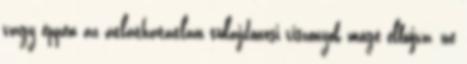
vagy éppen az átláthatatlan tulajdonosi viszonyok mögé elbújva, ne